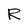
Character: R